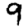
Digit: 9